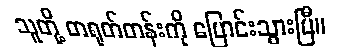
သူတို့ တရုတ်တန်းကို ပြောင်းသွားပြီ။